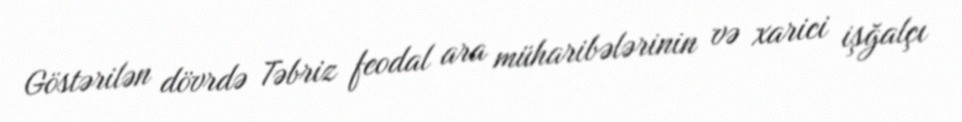
Göstərilən dövrdə Təbriz feodal ara müharibələrinin və xarici işğalçı